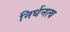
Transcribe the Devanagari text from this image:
निर्धनत्व